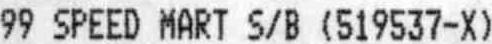
99 SPEED MART S/B (519537-X)